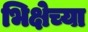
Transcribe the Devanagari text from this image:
भिक्षेच्या